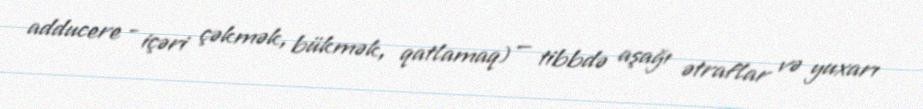
adducere - içəri çəkmək, bükmək, qatlamaq) — tibbdə aşağı ətraflar və yuxarı